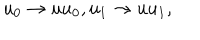
LaTeX: u _ { 0 } \rightarrow u u _ { 0 } , u _ { 1 } \rightarrow u u _ { 1 } ,